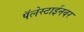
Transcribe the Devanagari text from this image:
पॅलेस्टाईनवर